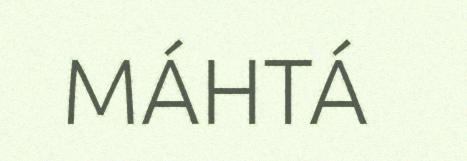
MÁHTÁ